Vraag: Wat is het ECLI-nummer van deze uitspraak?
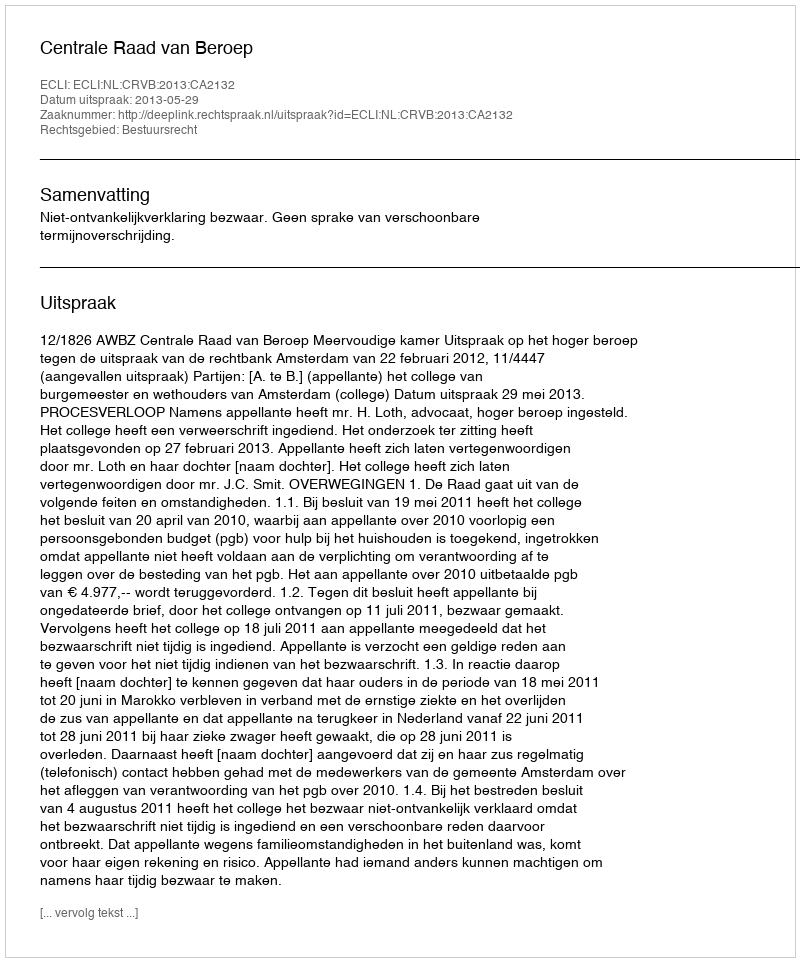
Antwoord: ECLI:NL:CRVB:2013:CA2132